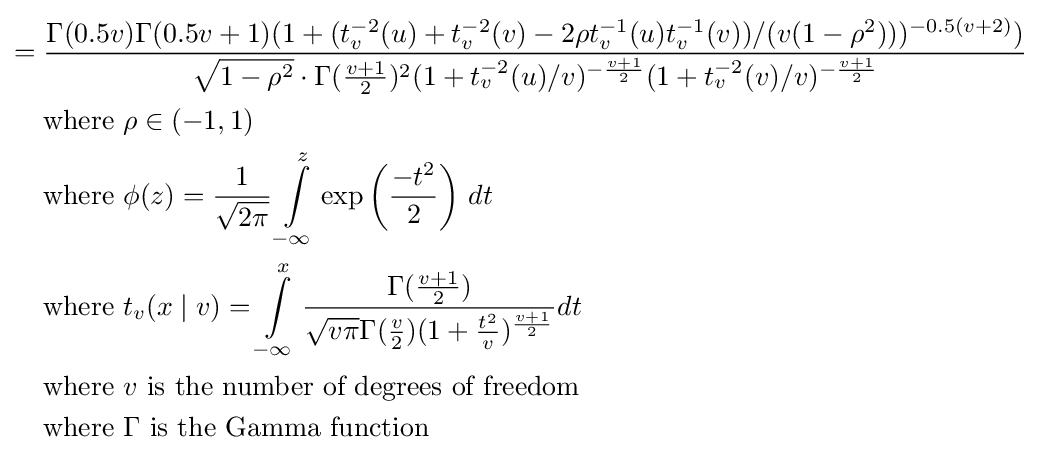
{\begin{aligned}={}&{\frac {\Gamma (0.5v)\Gamma (0.5v+1)(1+(t_{v}^{-2}(u)+t_{v}^{-2}(v)-2\rho t_{v}^{-1}(u)t_{v}^{-1}(v))/(v(1-\rho ^{2})))^{-0.5(v+2)})}{{\sqrt {1-\rho ^{2}}}\cdot \Gamma ({\frac {v+1}{2}})^{2}(1+t_{v}^{-2}(u)/v)^{-{\frac {v+1}{2}}}(1+t_{v}^{-2}(v)/v)^{-{\frac {v+1}{2}}}}}\\&{\text{where }}\rho \in (-1,1)\\&{\text{where }}\phi (z)={\frac {1}{\sqrt {2\pi }}}\int \limits _{-\infty }^{z}\exp \left({\frac {-t^{2}}{2}}\right)\,dt\\&{\text{where }}t_{v}(x\mid v)=\int \limits _{-\infty }^{x}{\frac {\Gamma {({\frac {v+1}{2}})}}{{\sqrt {v\pi }}\Gamma {({\frac {v}{2}})}(1+{\frac {t^{2}}{v}})^{\frac {v+1}{2}}}}dt\\&{\text{where }}v{\text{ is the number of degrees of freedom}}\\&{\text{where }}\Gamma {\text{ is the Gamma function}}\end{aligned}}